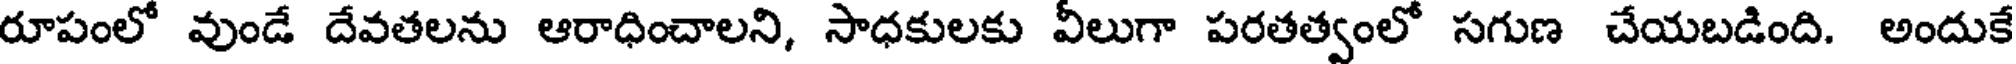
రూపంలో వుండే దేవతలను ఆరాధించాలని, సాధకులకు వీలుగా పరతత్వంలో సగుణ చేయబడింది. అందుకే